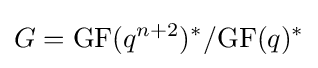
G={\rm {GF}}(q^{n+2})^{*}/{\rm {GF}}(q)^{*}